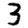
Digit: 3